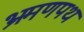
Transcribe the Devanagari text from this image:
भ्रमणपथ